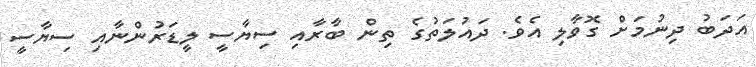
އަދަބު ދިނުމަށް ގޮވާލި އެވެ. ދައުލަތުގެ ތިން ބާރާއި ސިޔާސީ ލީޑަރުންނާއި ސިޔާސީ